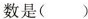
数是( )